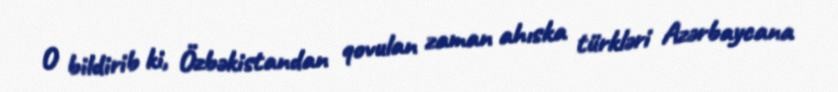
O bildirib ki, Özbəkistandan qovulan zaman ahıska türkləri Azərbaycana